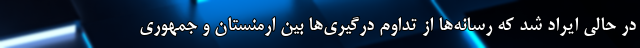
در حالی ایراد شد که رسانه‌ها از تداوم درگیری‌ها بین ارمنستان و جمهوری